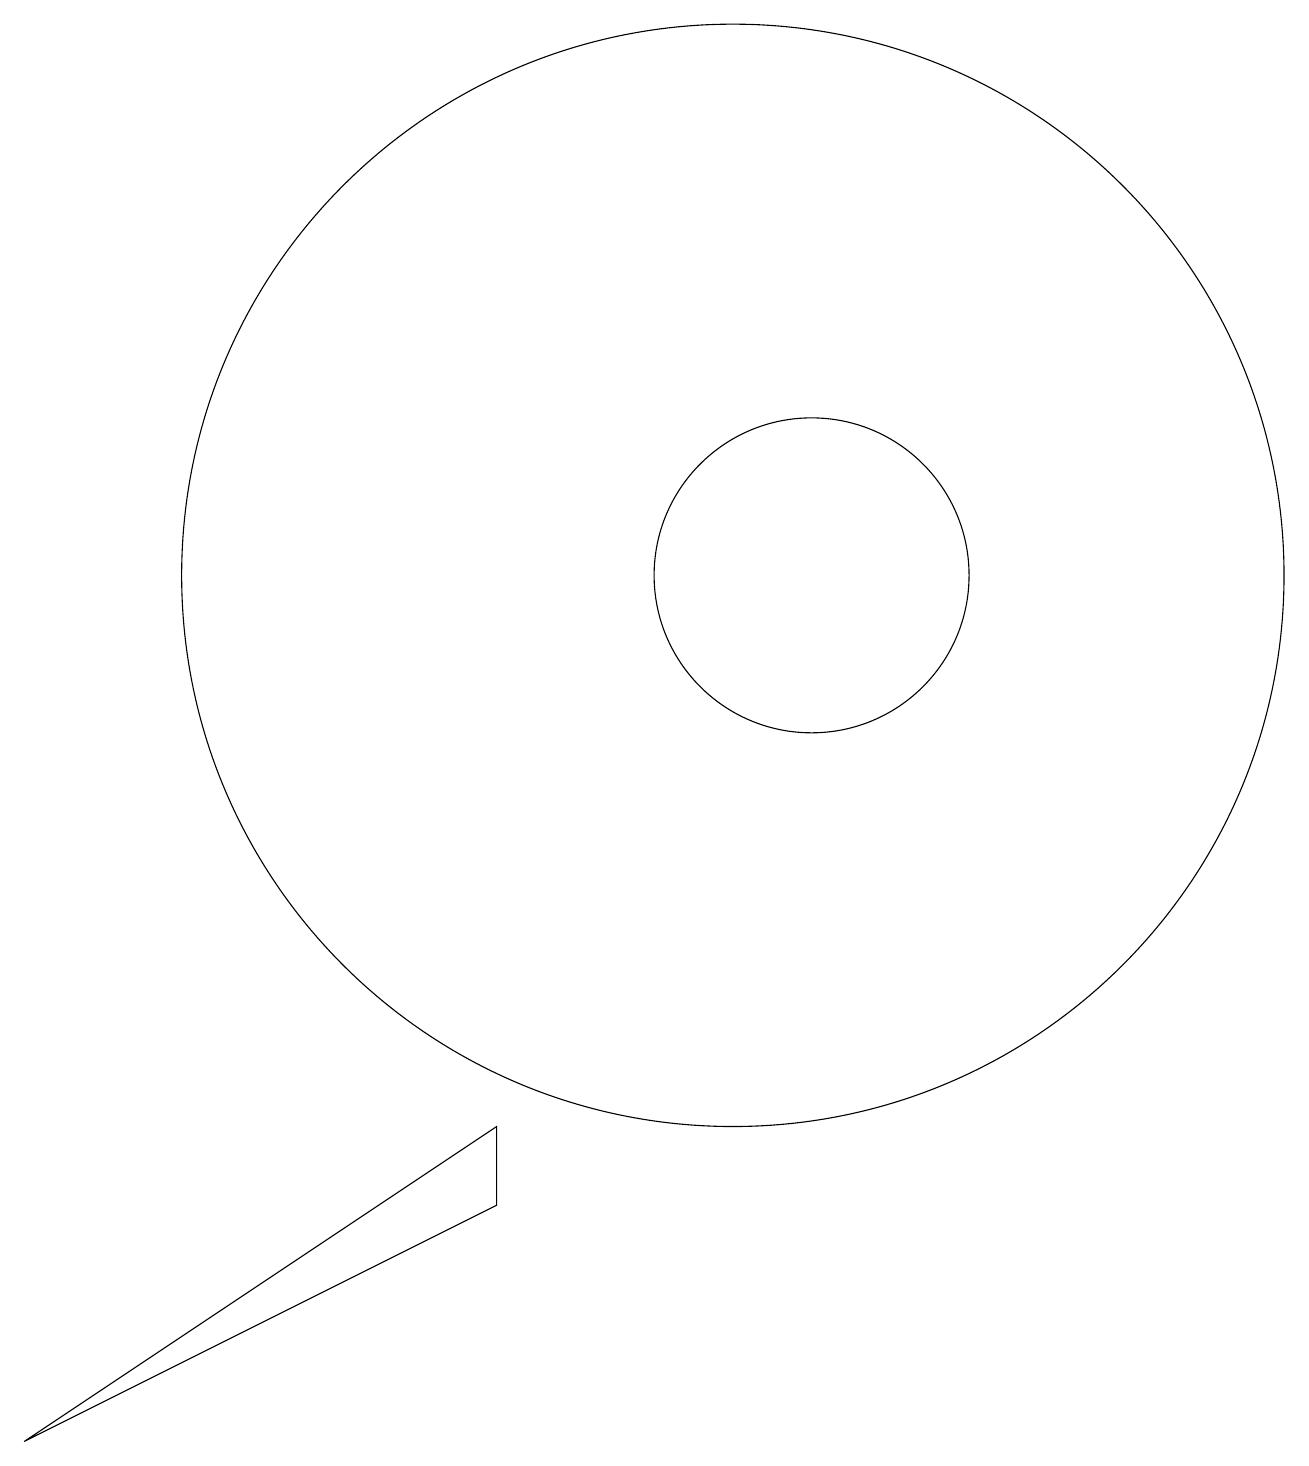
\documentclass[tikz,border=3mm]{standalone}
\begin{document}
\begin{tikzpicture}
\draw (11,12) circle (2);
\draw (10,12) circle (7);
\draw (1,1) -- (7,5) -- (7,4) -- cycle;
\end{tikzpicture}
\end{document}